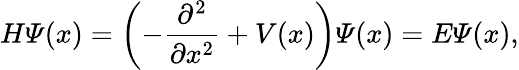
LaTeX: H\varPsi(x)=\left(-\frac{\partial^{2}}{\partial x^{2}}+V(x)\right)\varPsi(x)=E\varPsi(x),